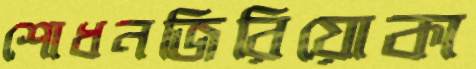
শোধনজিরিয়োকা